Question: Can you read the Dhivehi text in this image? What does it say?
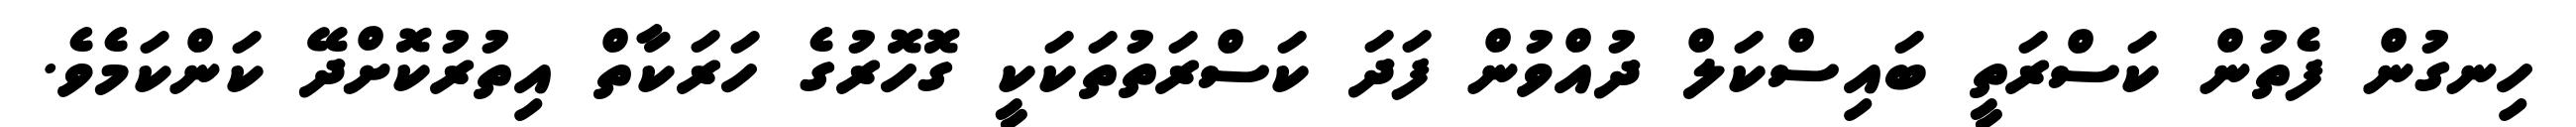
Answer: ހިނގުން ފެތުން ކަސްރަތީ ބައިސްކަލް ދުއްވުން ފަދަ ކަސްރަތުތަކަކީ ގޮހޮރުގެ ހަރަކާތް އިތުރުކޮށްދޭ ކަންކަމެވެ.